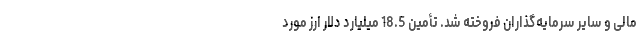
مالی و سایر سرمایه‌گذاران فروخته شد. تأمین 18.5 میلیارد دلار ارز مورد